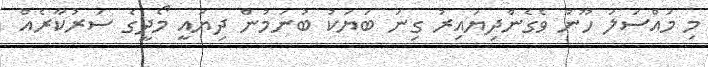
މި މައްސަލަ ހޫނު ވެގެންދިޔައިރު ގިނަ ބަޔަކު ބުނަމުން ދިޔައީ މޯދީގެ ސަރުކާރެއް